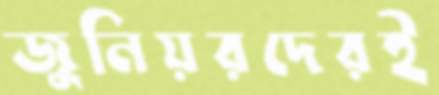
জুনিয়রদেরই